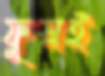
ফুস্‌লই